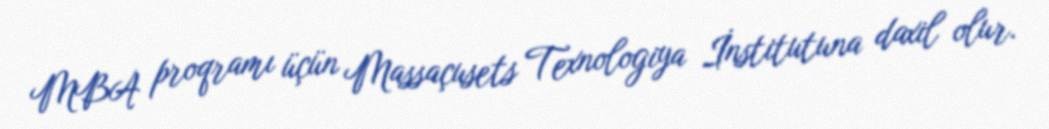
MBA proqramı üçün Massaçusets Texnologiya İnstitutuna daxil olur.